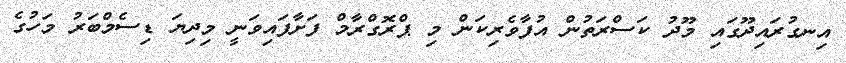
އިނގުރައިދޫގައި މޫދު ކަސްރަތުން އުފާވެރިކަން މި ޕްރޮގްރާމް ފަށާފައިވަނީ މިދިޔަ ޑިސެމްބަރު މަހުގެ